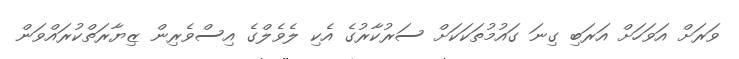
ވަރަށް އަވަހަށް އަރަބި ގިނަ ގައުމުތަކަކަށް ސަރުކާރުގެ އެކި ލެވެލްގެ އިސްވެރިން ޒިޔާރަތްކުރައްވަން